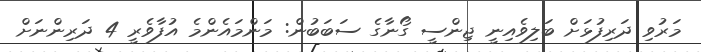
މަރުވި ދަރިފުޅަށް ބަލިވެއިނީ ޖިންސީ ގޯނާގެ ސަބަބުން: މަންމައެންމެ އުފާވެރީ 4 ދަރިންނަށް